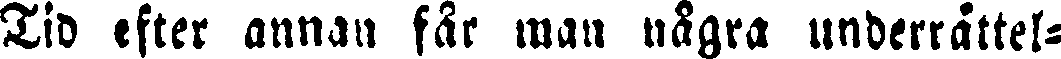
Tid efter annan får man några underrättel-